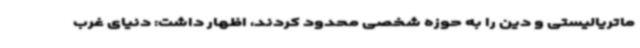
ماتریالیستی و دین را به حوزه شخصی محدود کردند، اظهار داشت: دنیای غرب